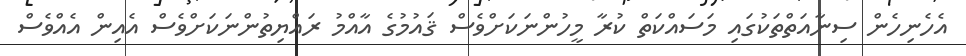
އެހެނިހެން ސިނާއަތްތަކުގައި މަސައްކަތް ކުރާ މީހުންނަކަށްވެސް ޤައުމުގެ އާއްމު ރައްޔިތުންނަކަށްވެސް އެއިން އެއްވެސް